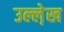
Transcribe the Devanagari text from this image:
उल्ले़ख